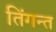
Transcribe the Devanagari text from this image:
तिंगन्त